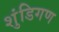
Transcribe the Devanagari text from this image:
शुंडिगण